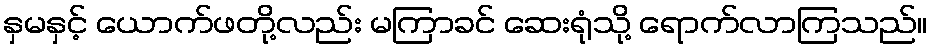
နှမနှင့် ယောက်ဖတို့လည်း မကြာခင် ဆေးရုံသို့ ရောက်လာကြသည်။